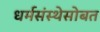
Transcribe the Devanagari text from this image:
धर्मसंस्थेसोबत